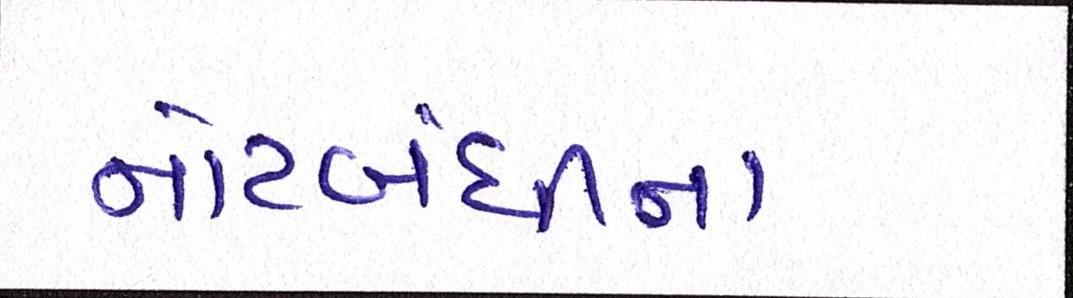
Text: નોટબંધીના